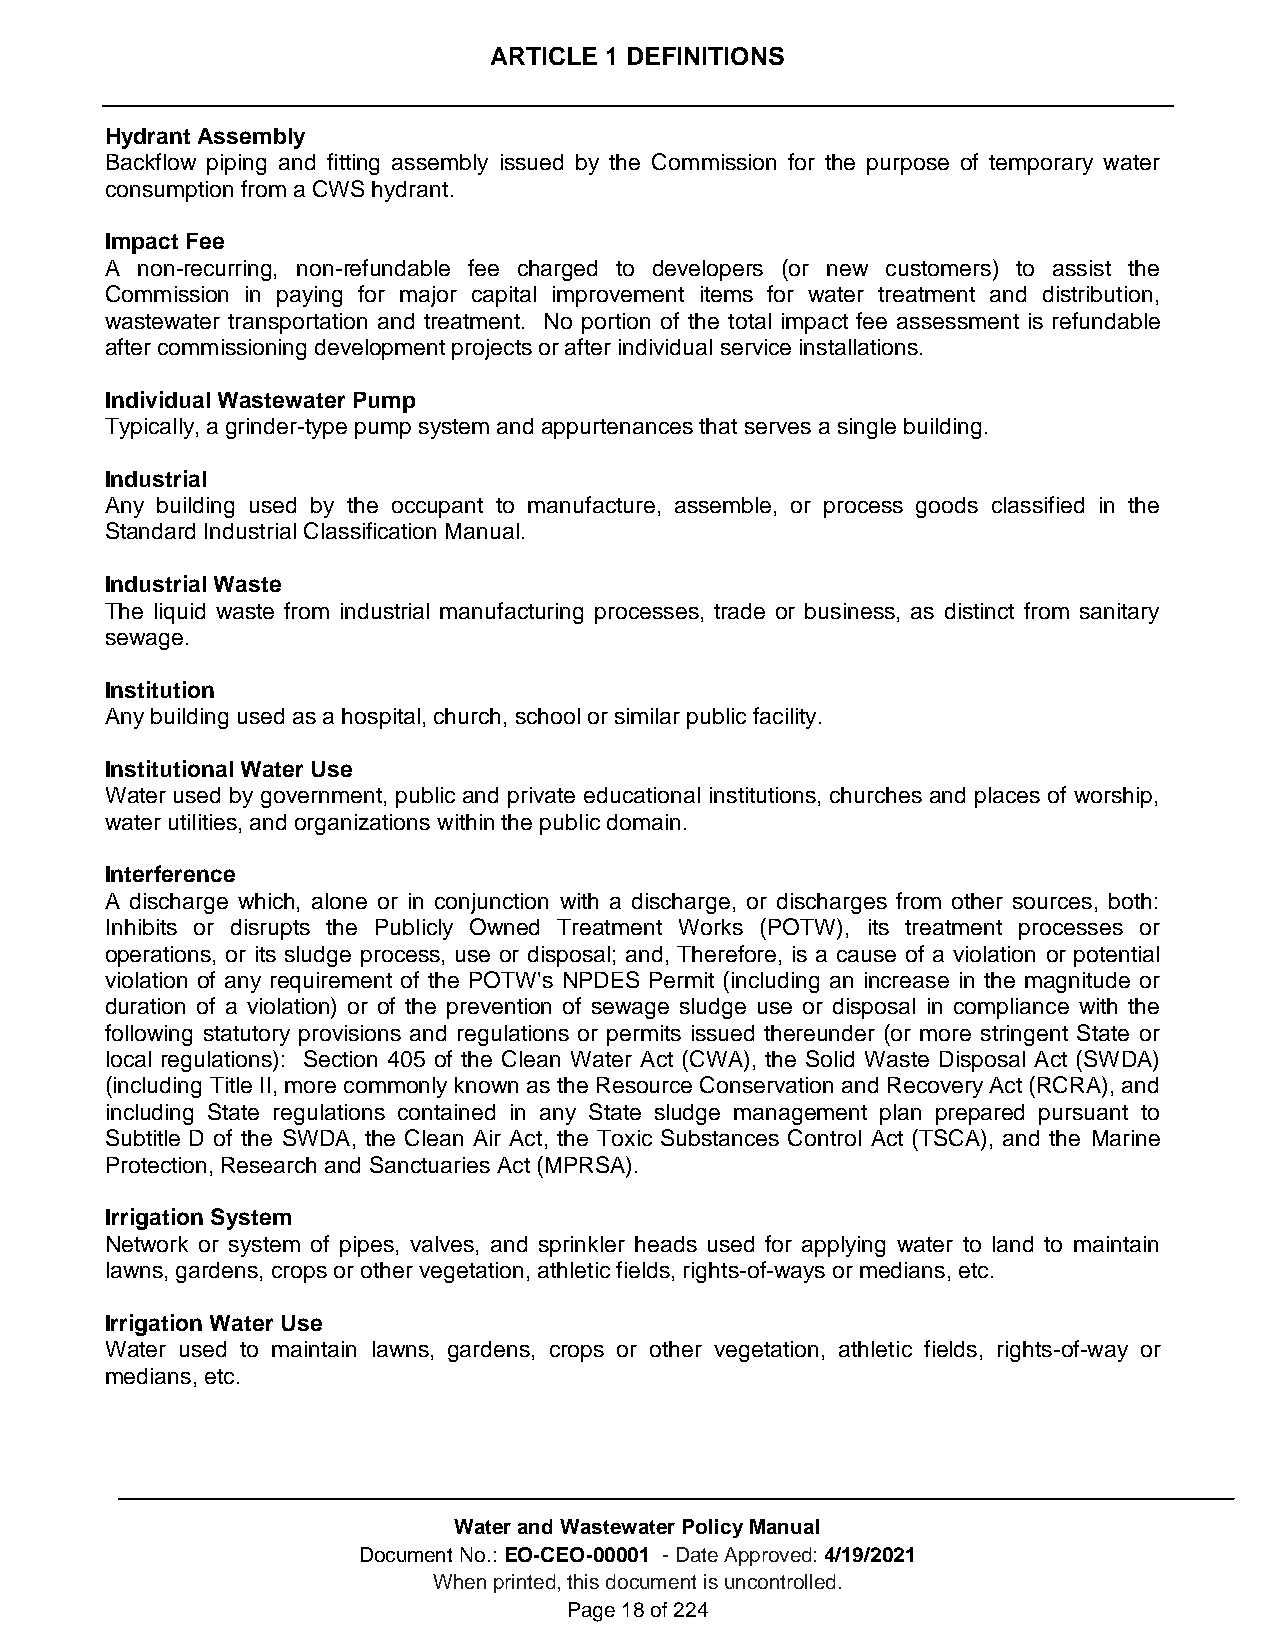
ARTICLE 1 DEFINITIONS
 Hydrant Assembly
 Backflow piping and fitting assembly issued by the Commission for the purpose of temporary water
 consumption from a CWS hydrant.
 Impact Fee
 A non-recurring, non-refundable fee charged to developers (or new customers) to assist the
 Commission in paying for major capital improvement items for water treatment and distribution,
 wastewater transportation and treatment. No portion of the total impact fee assessment is refundable
 after commissioning development projects or after individual service installations.
 Individual Wastewater Pump
 Typically, a grinder-type pump system and appurtenances that serves a single building.
 Industrial
 Any building used by the occupant to manufacture, assemble, or process goods classified in the
 Standard Industrial Classification Manual.
 Industrial Waste
 The liquid waste from industrial manufacturing processes, trade or business, as distinct from sanitary
 sewage.
 Institution
 Any building used as a hospital, church, school or similar public facility.
 Institutional Water Use
 Water used by government, public and private educational institutions, churches and places of worship,
 water utilities, and organizations within the public domain.
 Interference
 A discharge which, alone or in conjunction with a discharge, or discharges from other sources, both:
 Inhibits or disrupts the Publicly Owned Treatment Works (POTW), its treatment processes or
 operations, or its sludge process, use or disposal; and, Therefore, is a cause of a violation or potential
 violation of any requirement of the POTW's NPDES Permit (including an increase in the magnitude or
 duration of a violation) or of the prevention of sewage sludge use or disposal in compliance with the
 following statutory provisions and regulations or permits issued thereunder (or more stringent State or
 local regulations): Section 405 of the Clean Water Act (CWA), the Solid Waste Disposal Act (SWDA)
 (including Title II, more commonly known as the Resource Conservation and Recovery Act (RCRA), and
 including State regulations contained in any State sludge management plan prepared pursuant to
 Subtitle D of the SWDA, the Clean Air Act, the Toxic Substances Control Act (TSCA), and the Marine
 Protection, Research and Sanctuaries Act (MPRSA).
 Irrigation System
 Network or system of pipes, valves, and sprinkler heads used for applying water to land to maintain
 lawns, gardens, crops or other vegetation, athletic fields, rights-of-ways or medians, etc.
 Irrigation Water Use
 Water used to maintain lawns, gardens, crops or other vegetation, athletic fields, rights-of-way or
 medians, etc.
 Water and Wastewater Policy Manual
 Document No.: EO-CEO-00001 - Date Approved: 4/19/2021
 When printed, this document is uncontrolled.
 Page 18 of 224